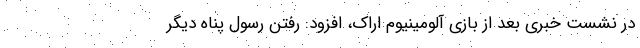
در نشست خبری بعد از بازی آلومینیوم اراک، افزود: رفتن رسول پناه دیگر